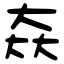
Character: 𡘙